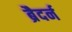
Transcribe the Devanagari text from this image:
ब्रैदर्न